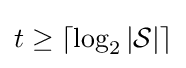
t\geq \lceil \log _{2}{|{\mathcal {S}}|}\rceil